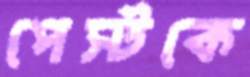
পেস্টকে